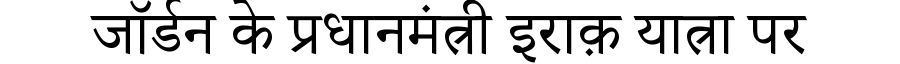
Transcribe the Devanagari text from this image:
जॉर्डन के प्रधानमंत्री इराक़ यात्रा पर